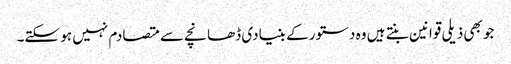
جو بھی ذیلی قوانین بنتے ہیں وہ دستور کے بنیادی ڈھانچے سے متصادم نہیں ہو سکتے۔